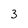
Character: 3